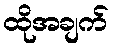
ထိုအချက်